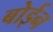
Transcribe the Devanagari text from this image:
बोईन